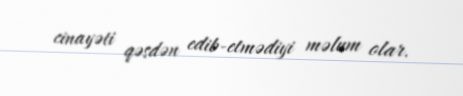
cinayəti qəsdən edib-etmədiyi məlum olar.